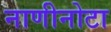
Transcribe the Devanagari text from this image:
नाणीनोटा